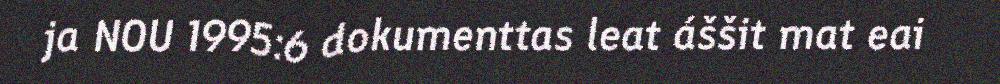
ja NOU 1995:6 dokumenttas leat áššit mat eai